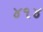
૪૧૪